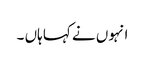
انہوں نے کہا ہاں ۔